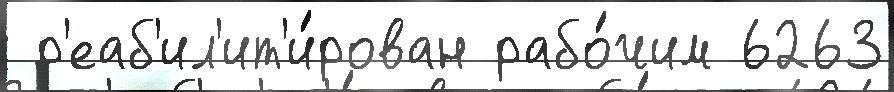
 р'еаб'ил'ит'и́рован рабо́чим 6263